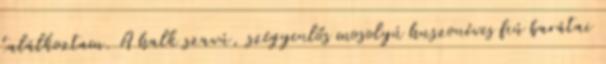
találkoztam. A halk szavú, szégyenlős mosolyú huszonéves fiú barátai